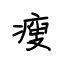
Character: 瘦